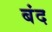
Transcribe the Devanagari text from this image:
बंद